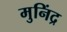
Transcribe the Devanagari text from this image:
मुनिंद्र